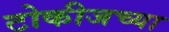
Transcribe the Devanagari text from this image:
टोकीजच्या